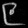
Digit: ၉